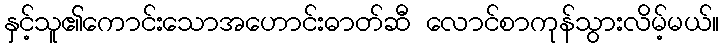
နှင့်သူ၏ကောင်းသောအဟောင်းဓာတ်ဆီ လောင်စာကုန်သွားလိမ့်မယ်။